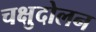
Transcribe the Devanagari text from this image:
चक्षुदोलन